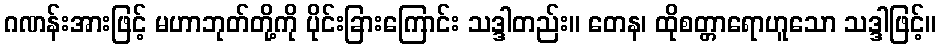
ဂဏန်းအားဖြင့် မဟာဘုတ်တို့ကို ပိုင်းခြားကြောင်း သဒ္ဒါတည်း။ တေန၊ ထိုစတ္တာရောဟူသော သဒ္ဒါဖြင့်။